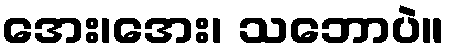
အေး၊အေး၊ သဘောပဲ။